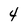
Character: 4